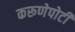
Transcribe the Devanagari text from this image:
करूणेपोटी